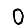
Digit: 0